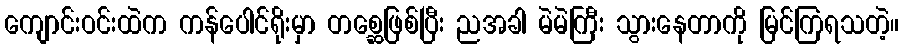
ကျောင်းဝင်းထဲက ကန်ပေါင်ရိုးမှာ တစ္ဆေဖြစ်ပြီး ညအခါ မဲမဲကြီး သွားနေတာကို မြင်ကြရသတဲ့။